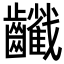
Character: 𪙻